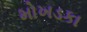
મોખડકા